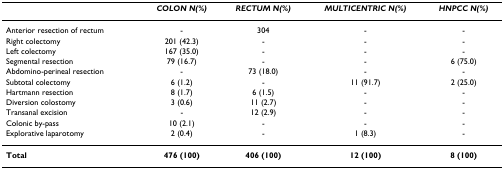
|  | COLON N(%) | RECTUM N(%) | MULTICENTRIC N(%) | HNPCC N(%) |
 | --- | --- | --- | --- | --- |
 | Anterior resection of rectum | - | 304 | - | - |
 | Right colectomy | 201 (42.3) | - | - | - |
 | Left colectomy | 167 (35.0) | - | - | - |
 | Segmental resection | 79 (16.7) | - | - | 6 (75.0) |
 | Abdomino-perineal resection | - | 73 (18.0) | - | - |
 | Subtotal colectomy | 6 (1.2) | - | 11 (91.7) | 2 (25.0) |
 | Hartmann resection | 8 (1.7) | 6 (1.5) | - | - |
 | Diversion colostomy | 3 (0.6) | 11 (2.7) | - | - |
 | Transanal excision | - | 12 (2.9) | - | - |
 | Colonic by-pass | 10 (2.1) | - | - | - |
 | Explorative laparotomy | 2 (0.4) | - | 1 (8.3) | - |
 | Total | 476 (100) | 406 (100) | 12 (100) | 8 (100) |